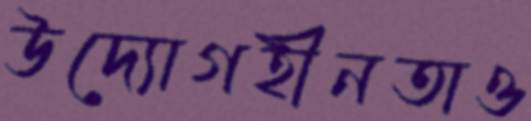
উদ্যোগহীনতাও